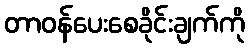
တာဝန်ပေးစေခိုင်းချက်ကို